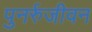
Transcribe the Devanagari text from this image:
पुनर्रुजीवन